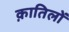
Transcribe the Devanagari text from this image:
क़ातिलों